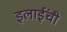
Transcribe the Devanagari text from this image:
इलाईंची